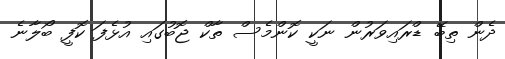
ދެން ތިބޭ ޑްރައިވަރުން ނަކީ ކޮންމެސް ތާކް ޖޮބުގައި އުޅެފަ ކޮފީ ބޯލާނެ